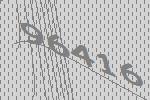
96416